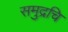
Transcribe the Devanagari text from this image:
समुद्रचि